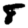
Digit: 8